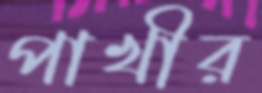
পাখীর